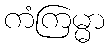
ကံကြမ္မာ